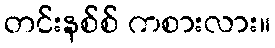
တင်းနစ်စ် ကစားလား။